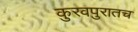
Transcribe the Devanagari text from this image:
कुरवपुरातच